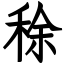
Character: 稌